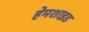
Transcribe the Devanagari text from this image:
हेमशाइड